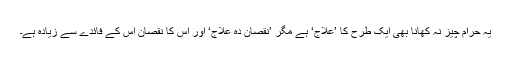
یہ حرام چیز نہ کھانا بھی ایک طرح کا ’علاج‘ ہے مگر ’نقصان دہ علاج‘ اور اس کا نقصان اس کے فائدے سے زیادہ ہے۔